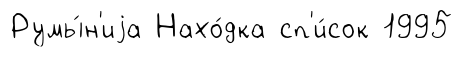
Румы́н'иjа Нахо́дка сп'и́сок 1995